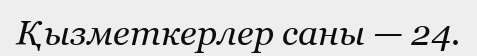
Қызметкерлер саны — 24.